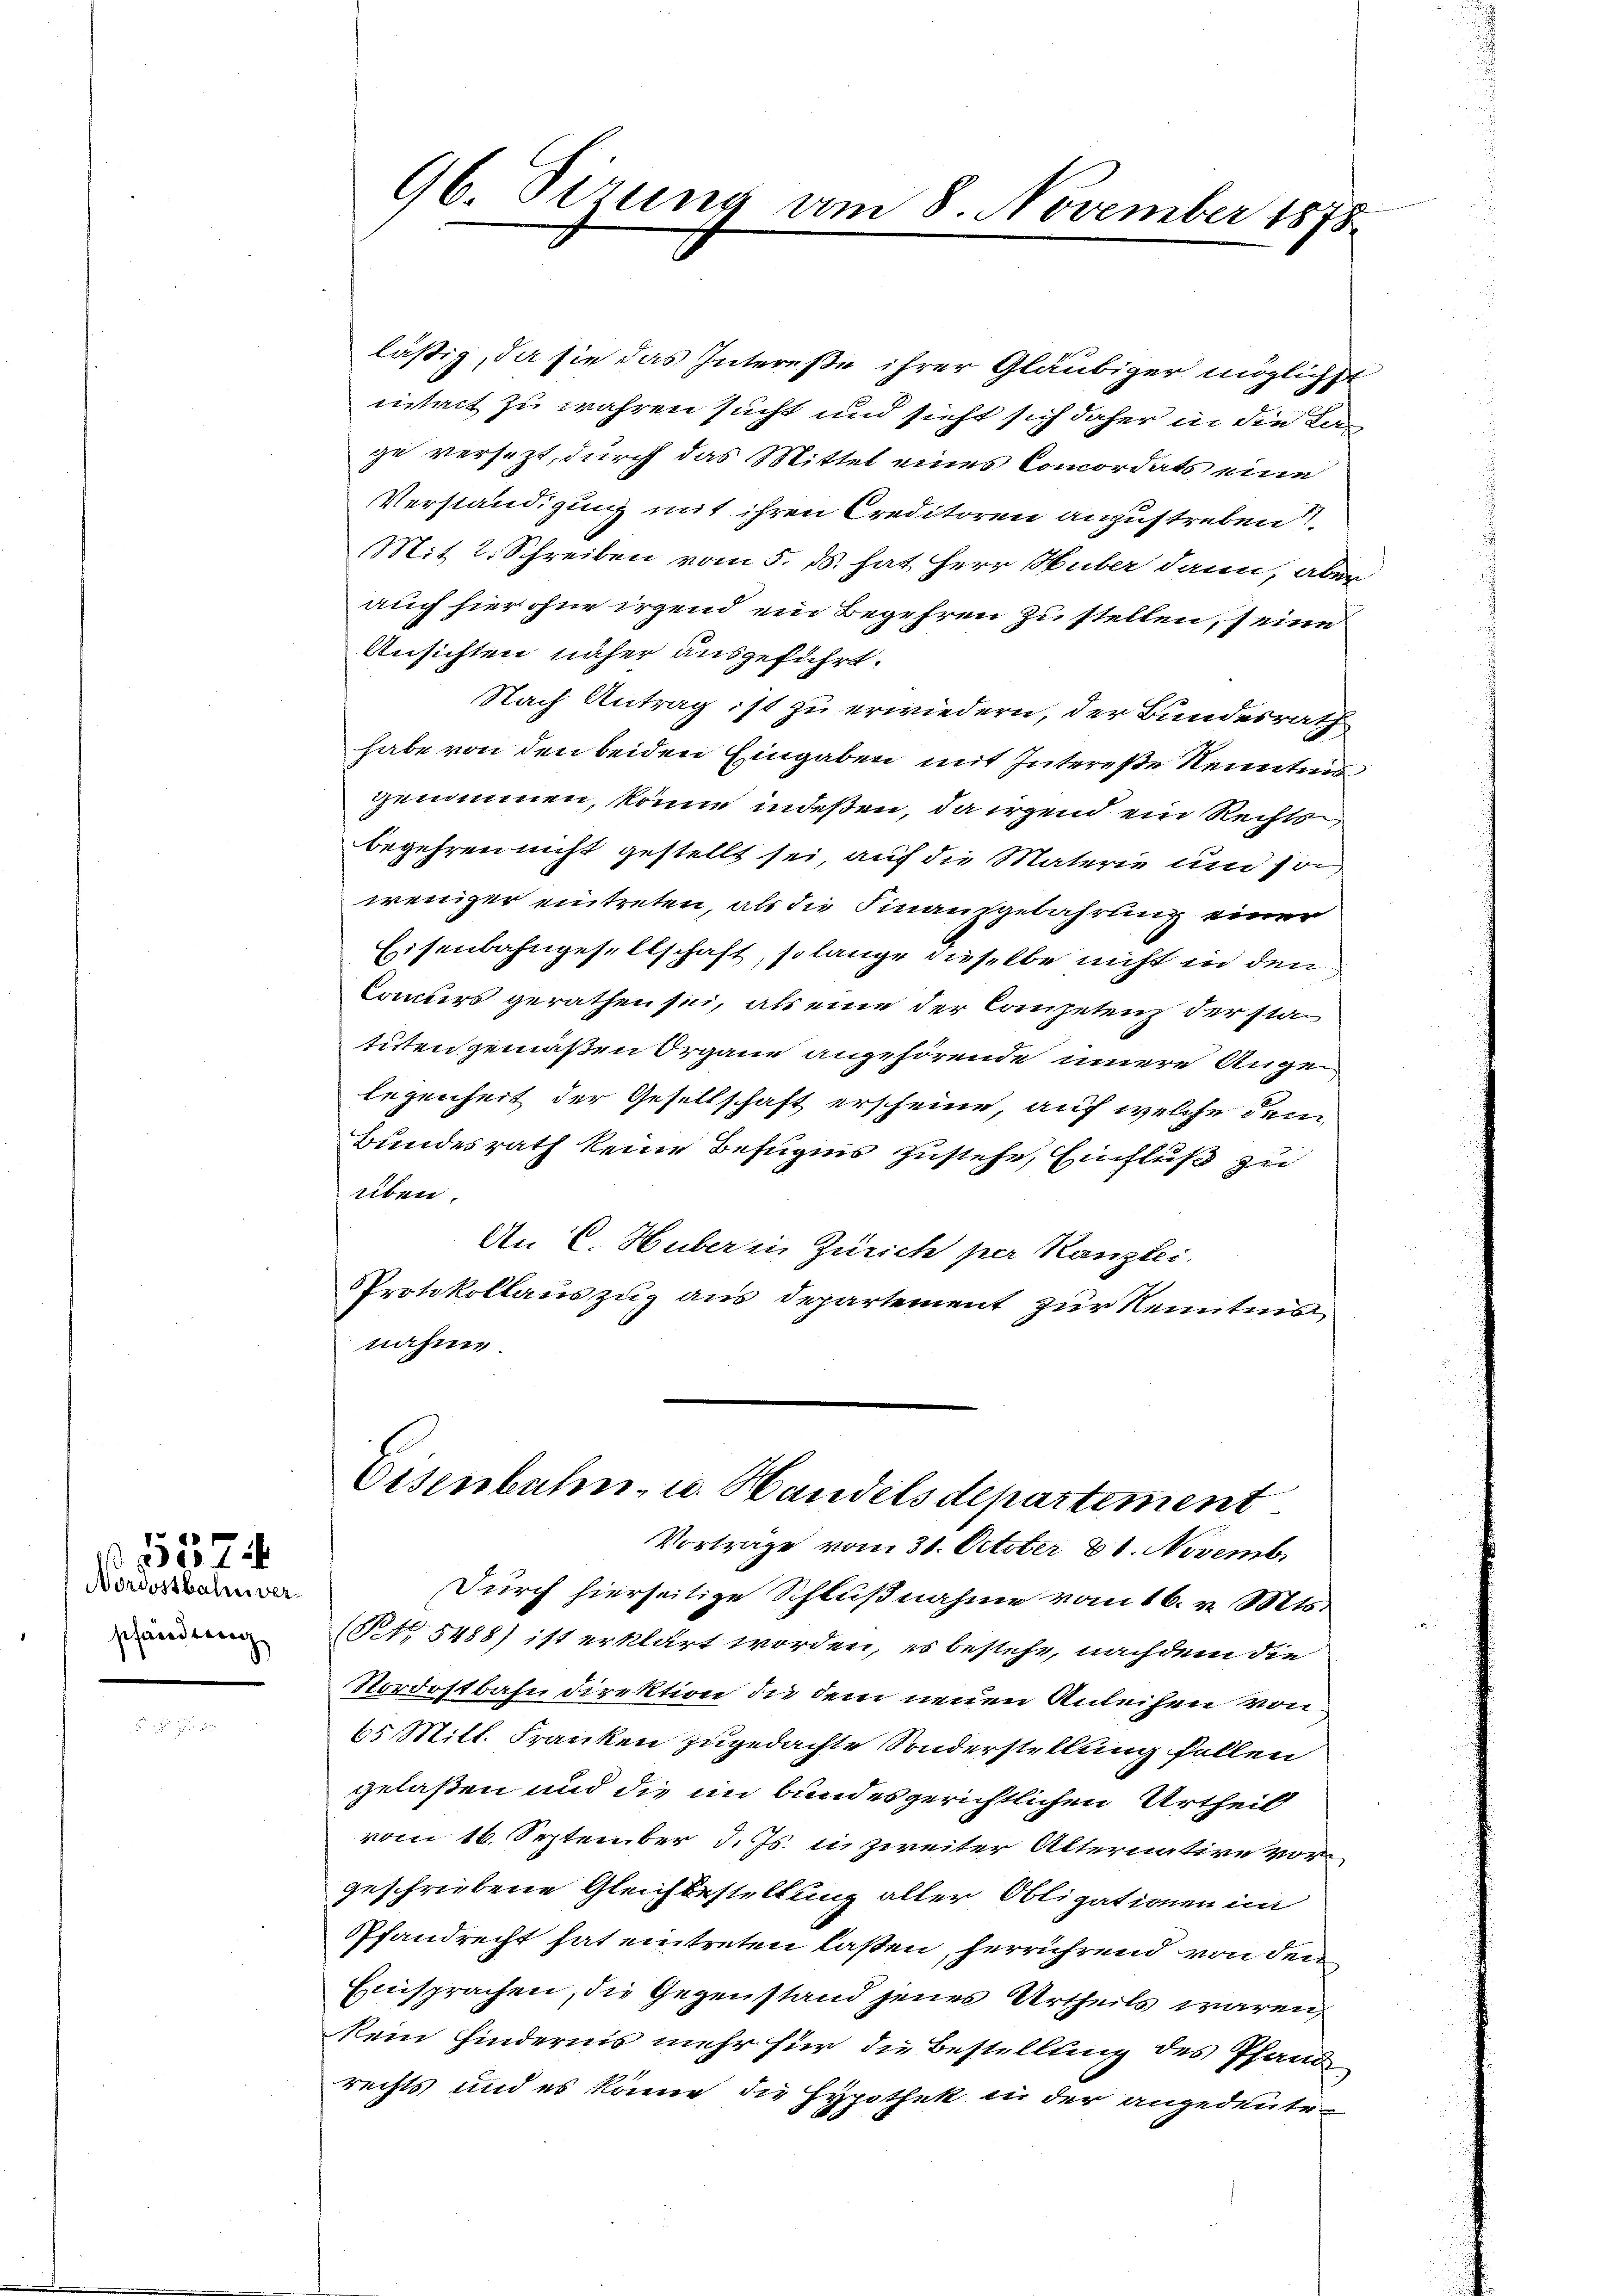
Nordostbahn verpfändung

e
7

96. Sirung am 8. November 1878

lästig, da sie das Intereße ihrer Gläubiger möglichst
iintait zu wahren sucht und sieht sich daher in die Lage versezt, durch das Mittel eines Concordats eine
Verständigung mit ihren Creditoren anzustreben
Mit 2. Schreiben vom 5. ds. hat Herr Huber dann, aber
auch hier ohne irgend ein Begehren zu stellen, seine
Ansichten näher ausgeführt.
Nach Antrag ist zu erwiedern, der Bundesrath
habe von den beiden Eingaben mit Intereße Nenntens
genommen, könne indeßen, da irgend ein Rechtsbegehren nicht gestellt sei, auf die Materie und son
weniger eintreten, als die Finanzgebahrung einer
Eisenbahngesellschaft, so lange dieselbe nicht in den
Comers gerathen sei, als eine der Competenz der statitten gemäßen Organe angehörende innere Angelegenheit der Gesellschaft erscheine, auf welche dem
Bundesrath keine Befugnis zustehe, Einfluß zu
aben.
An C. Huber in Zürich per Kanzlei.
Protokollauszug aus Departement zur Kenntnis
nahme.
Eisenbahn- u. Handelsdepartement
Vorträge vom 31. October 21. Novemb.
Durch hierseitige Schlußnahme vom 16. v. Mts.
t 8488) ist erklärt worden, es bestehe, nachdem die
Nordostbahn direktion die dem neuen Anleihen von
65 Mitl. Franken zugedachte Sonderstellung fallen
gelaßen und die im bundesgerichtlichen Urtheil
vom 16. September d. Js. in zweiter Alternative vor
geschriebene Gleichbestellung aller Obligationen in
Pfandrecht hat eintreten laßen, herrührend von den
Einsprachen, die Gegenstand jenes Urtheils waren,
kein Hindernis mehr für die Bestellung des Pfand
rechts und es könne die Hypothek in der angedeute